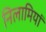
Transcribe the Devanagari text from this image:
निलामियां